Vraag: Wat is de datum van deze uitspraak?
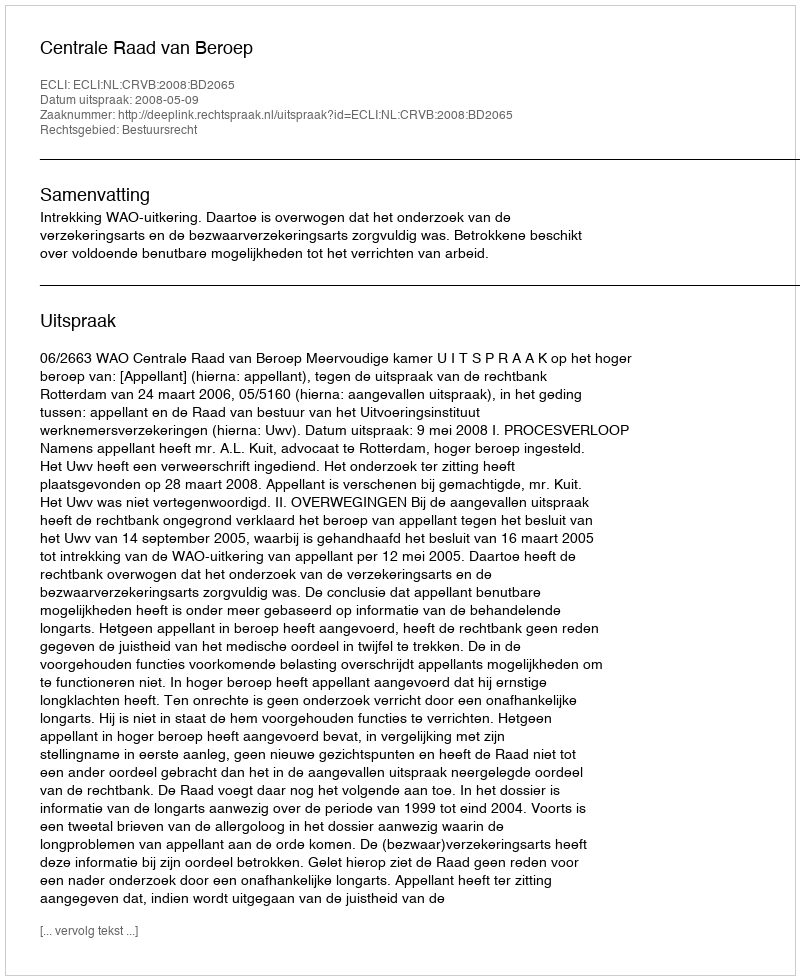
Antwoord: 2008-05-09